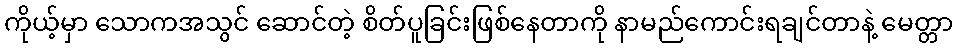
ကိုယ့်မှာ သောကအသွင် ဆောင်တဲ့ စိတ်ပူခြင်းဖြစ်နေတာကို နာမည်ကောင်းရချင်တာနဲ့ မေတ္တာ